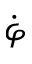
\dot { \varphi }